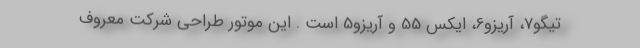
تیگو7، آریزو6، ایکس 55 و آریزو5 است . این موتور طراحی شرکت معروف